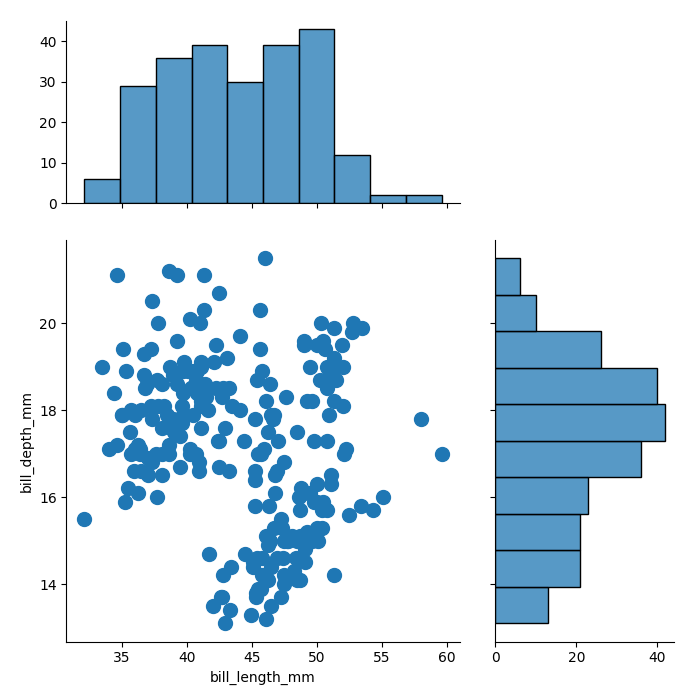
python, seaborn, jointplot, kind='scatter', height='7', ratio='2', marginal_ticks='True'